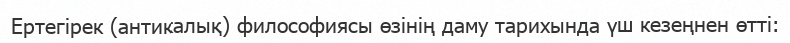
Ертегірек (антикалық) философиясы өзінің даму тарихында үш кезеңнен өтті: